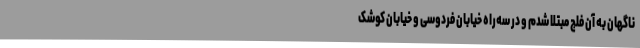
ناگهان به آن فلج مبتلا شدم و در سه‌راه خیابان فردوسی و خیابان کوشک